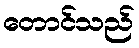
တောင်သည်